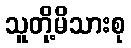
သူတို့မိသားစု